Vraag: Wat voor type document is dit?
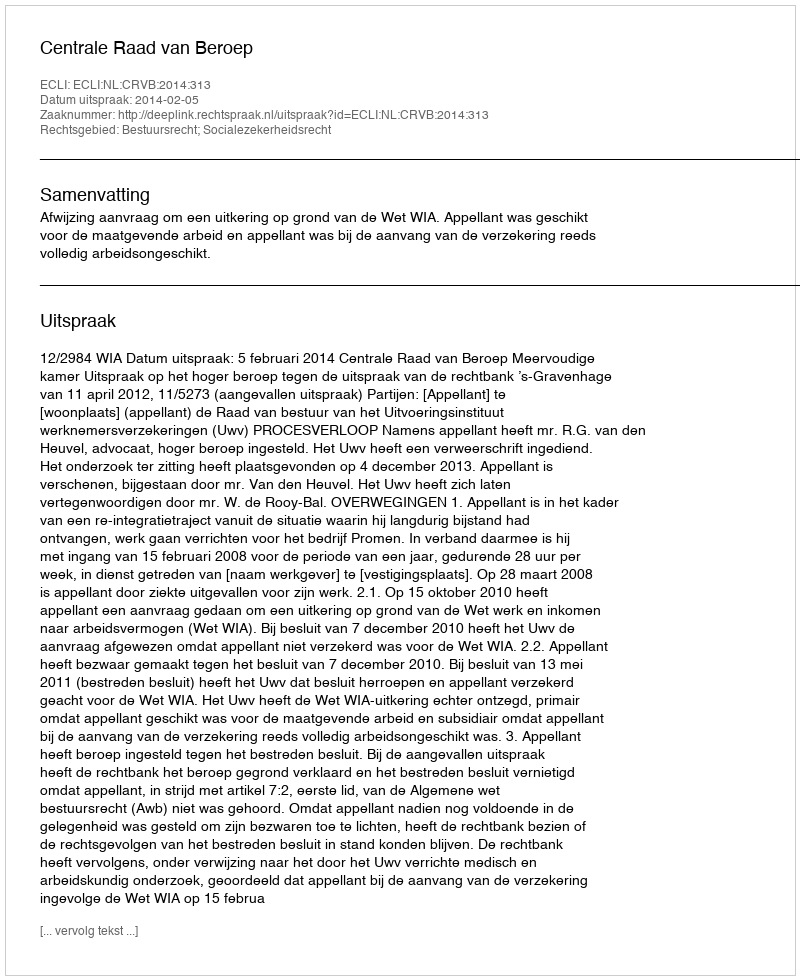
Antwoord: Uitspraak